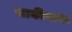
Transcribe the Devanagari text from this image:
साकीनामा